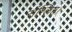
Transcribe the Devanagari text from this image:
संश्लिष्ट।